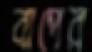
বাপের